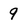
Character: 9